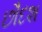
છૌદશ